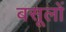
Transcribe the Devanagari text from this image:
बसूलों